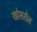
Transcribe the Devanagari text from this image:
खोसरोज